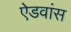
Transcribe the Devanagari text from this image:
ऐडवांस